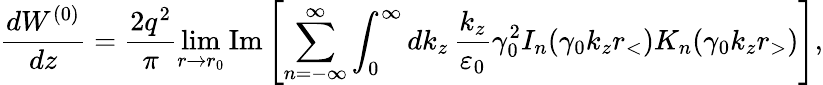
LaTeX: \frac{dW^{(0)}}{dz}=\frac{2q^{2}}{\pi}\operatorname*{lim}_{r\rightarrow r_{0}}\mathrm{Im}\left[\sum_{n=-\infty}^{\infty}\int_{0}^{\infty}dk_{z}\, \frac{k_{z}}{\varepsilon_{0}}\gamma_{0}^{2}I_{n}(\gamma_{0}k_{z}r_{<})K_{n}(\gamma_{0}k_{z}r_{>})\right],